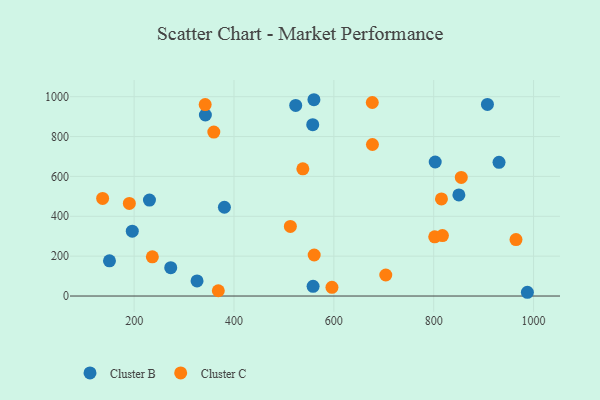
{"axis": {"x": "Speed", "y": "Yield"}, "legend": ["Cluster B", "Cluster C"], "data": [{"x": "380.8", "y": 445.4, "type": "Cluster B"}, {"x": "930.8", "y": 670.9, "type": "Cluster B"}, {"x": "558.4", "y": 48.5, "type": "Cluster B"}, {"x": "342.7", "y": 908.2, "type": "Cluster B"}, {"x": "850.4", "y": 507.3, "type": "Cluster B"}, {"x": "230.7", "y": 481.6, "type": "Cluster B"}, {"x": "987.6", "y": 18.8, "type": "Cluster B"}, {"x": "523.6", "y": 956.1, "type": "Cluster B"}, {"x": "150.6", "y": 176.4, "type": "Cluster B"}, {"x": "326.0", "y": 75.7, "type": "Cluster B"}, {"x": "196.3", "y": 325.5, "type": "Cluster B"}, {"x": "560.1", "y": 984.8, "type": "Cluster B"}, {"x": "803.0", "y": 672.3, "type": "Cluster B"}, {"x": "557.7", "y": 859.4, "type": "Cluster B"}, {"x": "273.3", "y": 142.3, "type": "Cluster B"}, {"x": "907.6", "y": 961.1, "type": "Cluster B"}, {"x": "704.0", "y": 105.5, "type": "Cluster C"}, {"x": "855.2", "y": 595.1, "type": "Cluster C"}, {"x": "964.8", "y": 283.0, "type": "Cluster C"}, {"x": "359.6", "y": 822.4, "type": "Cluster C"}, {"x": "512.9", "y": 349.4, "type": "Cluster C"}, {"x": "677.0", "y": 971.0, "type": "Cluster C"}, {"x": "677.3", "y": 760.2, "type": "Cluster C"}, {"x": "368.6", "y": 26.5, "type": "Cluster C"}, {"x": "342.3", "y": 960.5, "type": "Cluster C"}, {"x": "236.5", "y": 196.5, "type": "Cluster C"}, {"x": "802.0", "y": 296.9, "type": "Cluster C"}, {"x": "136.9", "y": 489.5, "type": "Cluster C"}, {"x": "190.4", "y": 464.6, "type": "Cluster C"}, {"x": "815.5", "y": 487.3, "type": "Cluster C"}, {"x": "537.9", "y": 638.1, "type": "Cluster C"}, {"x": "596.2", "y": 43.7, "type": "Cluster C"}, {"x": "817.5", "y": 303.4, "type": "Cluster C"}, {"x": "560.6", "y": 205.7, "type": "Cluster C"}]}